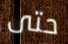
حتى